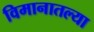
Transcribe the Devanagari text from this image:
विमानातल्या